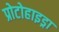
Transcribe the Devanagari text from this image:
प्रोटोहाइड्रा